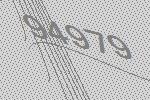
94979